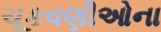
ચૂકવણીઓના